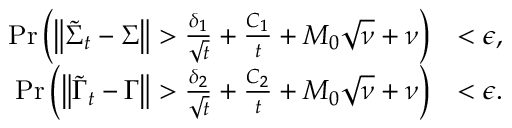
\begin{array} { r l } { \mathrm { P r } \left( \left\| \widetilde { \boldsymbol { \Sigma } } _ { t } - \boldsymbol { \Sigma } \right\| > \frac { \delta _ { 1 } } { \sqrt { t } } + \frac { C _ { 1 } } { t } + M _ { 0 } \sqrt { \nu } + \nu \right) } & { < \epsilon , } \\ { \mathrm { P r } \left( \left\| \widetilde { \boldsymbol { \Gamma } } _ { t } - \boldsymbol { \Gamma } \right\| > \frac { \delta _ { 2 } } { \sqrt { t } } + \frac { C _ { 2 } } { t } + M _ { 0 } \sqrt { \nu } + \nu \right) } & { < \epsilon . } \end{array}